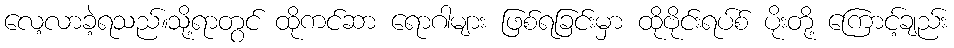
လေ့လာခဲ့ရသည်။သို့ရာတွင် ထိုကင်ဆာ ရောဂါများ ဖြစ်ရခြင်းမှာ ထိုဗိုင်းရပ်စ် ပိုးတို့ ကြောင့်ချည်း